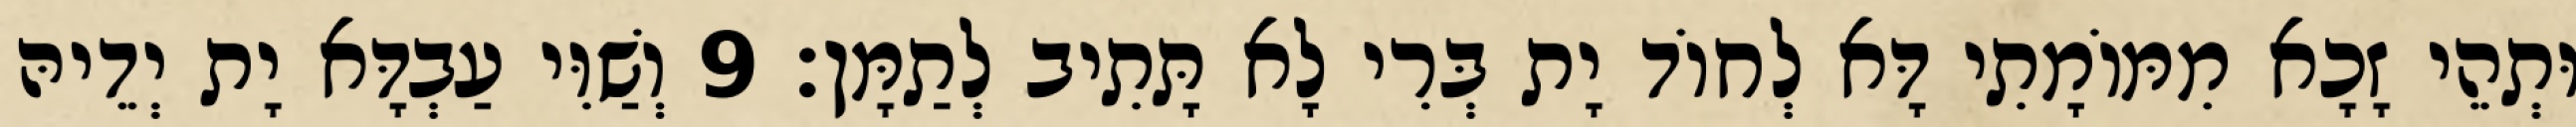
וּתְהֵי זָכָא מִמּוֹמָתִי דָּא לְחוֹד יָת בְּרִי לָא תָּתִיב לְתַמָּן׃ 9 וְשַׁוִּי עַבְדָּא יָת יְדֵיהּ